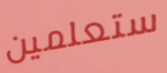
ستعلمين